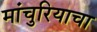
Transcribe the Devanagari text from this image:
मांचुरियाचा